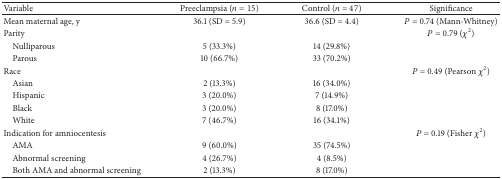
| Variable | Preeclampsia (n = 15) | Control (n = 47) | Significance |
 | --- | --- | --- | --- |
 | Mean maternal age, y | 36.1 (SD = 5.9) | 36.6 (SD = 4.4) | P = 0.74 (Mann-Whitney) |
 | Parity |  |  | P = 0.79 (χ2) |
 | Nulliparous | 5 (33.3%) | 14 (29.8%) |  |
 | Parous | 10 (66.7%) | 33 (70.2%) |  |
 | Race |  |  | P = 0.49 (Pearson χ2) |
 | Asian | 2 (13.3%) | 16 (34.0%) |  |
 | Hispanic | 3 (20.0%) | 7 (14.9%) |  |
 | Black | 3 (20.0%) | 8 (17.0%) |  |
 | White | 7 (46.7%) | 16 (34.1%) |  |
 | Indication for amniocentesis |  |  | P = 0.19 (Fisher χ2) |
 | AMA | 9 (60.0%) | 35 (74.5%) |  |
 | Abnormal screening | 4 (26.7%) | 4 (8.5%) |  |
 | Both AMA and abnormal screening | 2 (13.3%) | 8 (17.0%) |  |